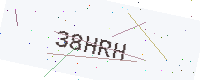
Text: 38HRH